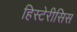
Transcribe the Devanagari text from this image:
हिस्टेरीसिस